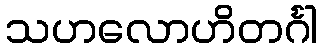
သဟလောဟိတင်္ဂါ